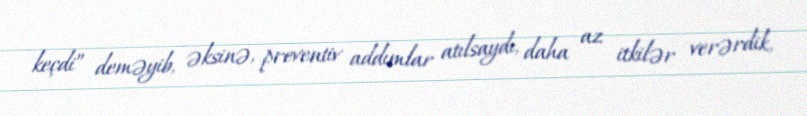
keçdi” deməyib, əksinə, preventiv addımlar atılsaydı, daha az itkilər verərdik,